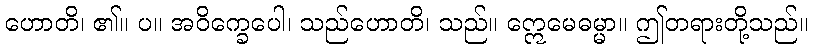
ဟောတိ၊ ၏။ ပ။ အဝိက္ခေပေါ၊ သည်ဟောတိ၊ သည်။ ဣေမေဓမ္မာ။ ဤတရားတို့သည်။